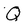
Character: Q